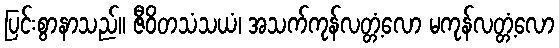
ပြင်းစွာနာသည်။ ဇီဝိတသံသယံ၊ အသက်ကုန်လတ္တံ့လော မကုန်လတ္တံ့လော